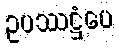
ဥပဿဋ္ဌံပေ